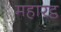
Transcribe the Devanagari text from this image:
महारट्ठ